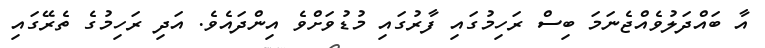
އާ ބައްދަލުވެއްޖެނަމަ ބިސް ރަހިމުގައި ފާރުގައި މުޑުވަށްވެ އިންދައެވެ. އަދި ރަހިމުގެ ތެރޭގައި